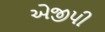
એજીપી